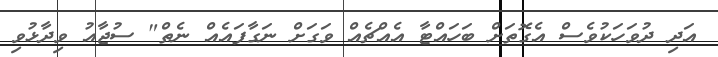
އަދި ދުވަހަކުވެސް އެގޮތަށް ބަހައްޓާ އެއްޗެއް ވަގަށް ނަގާފައެއް ނެތް" ސުޖާއު ވިދާޅުވި